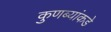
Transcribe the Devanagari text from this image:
कुणब्यांकडे